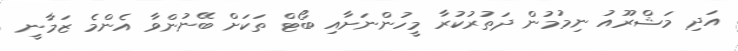
އަދި މަޝްރޫއު ނިމުމުން ދަތުރުކުރާ މީހުންނަށާއި ބޯޓް ތަކަށް ބޭނުންވާ އެންމެ ޒަމާނީ